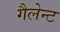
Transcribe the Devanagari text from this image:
गैलेन्ट